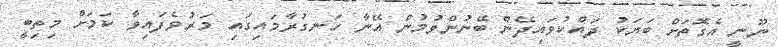
ނޫނީ އެގޮތަށް ބަޔަކު ދައްކުވައިދޭން ބޭނުންވުމުން އޭނާ ހަނގުރާމައިގައި މަރުވެފައިވާ ކަމަށް މިތިބީ